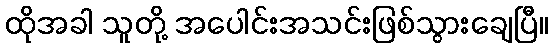
ထိုအခါ သူတို့ အပေါင်းအသင်းဖြစ်သွားချေပြီ။